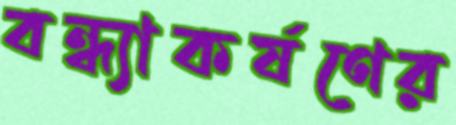
বন্ধ্যাকর্ষণের